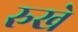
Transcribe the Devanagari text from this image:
रुखे